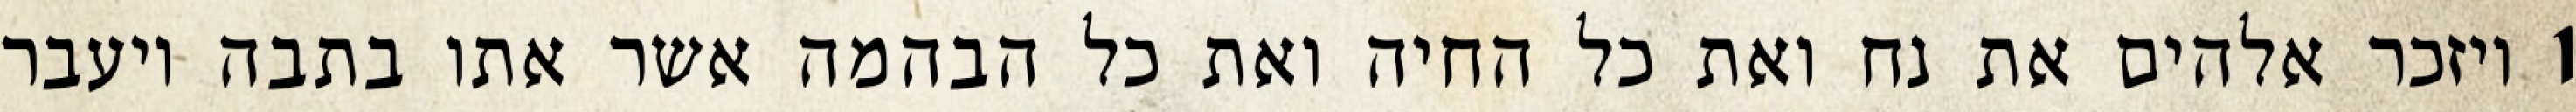
1 ויזכר אלהים את נח ואת כל החיה ואת כל הבהמה אשר אתו בתבה ויעבר